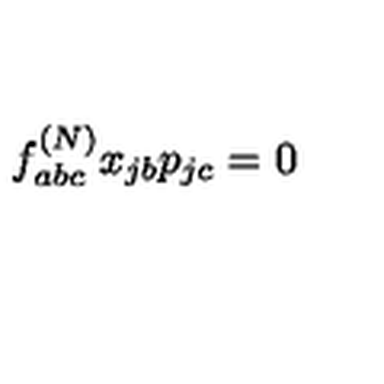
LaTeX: f _ { a b c } ^ { ( N ) } x _ { j b } p _ { j c } = 0